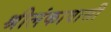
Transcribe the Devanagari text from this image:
श्रीलंकावासी